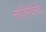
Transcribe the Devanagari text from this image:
नाजिमेदिनोव